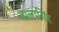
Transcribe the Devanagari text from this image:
बालासिंह